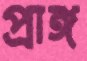
প্রাঙ্গ